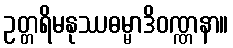
ဥတ္တရိမနုဿဓမ္မာဒိဝဏ္ဏနာ။